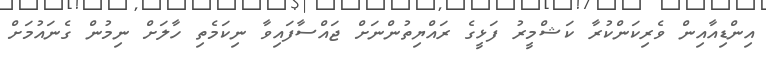
އިންޑިއާއިން ވެރިކަންކުރާ ކަޝްމީރު ފަޅީގެ ރައްޔިތުންނަށް ޖައްސާފައިވާ ނިކަމެތި ހާލަށް ނިމުން ގެނައުމަށް